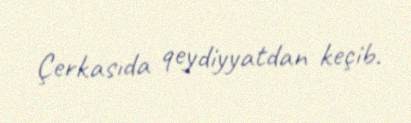
Çerkasıda qeydiyyatdan keçib.